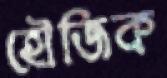
হৌজিক